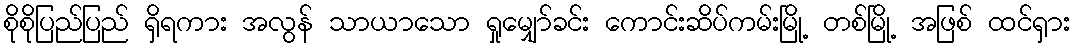
စိုစိုပြည်ပြည် ရှိရကား အလွန် သာယာသော ရှုမျှော်ခင်း ကောင်းဆိပ်ကမ်းမြို့ တစ်မြို့ အဖြစ် ထင်ရှား